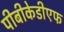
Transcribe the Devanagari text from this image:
पीबीकेडीएफ